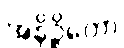
အနိဉ္ဇိတော